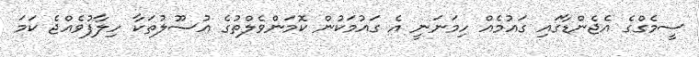
ސީމެގްގެ އެޖެންޑާގައި ގައުމެއް ހިމަނަނީ އެ ގައުމަކުން ކޮމަންވެލްތުގެ އުސޫލުތަކާ ހިލާފުވެއްޖެ ކަމަ